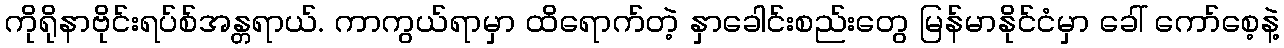
ကိုရိုနာဗိုင်းရပ်စ်အန္တရာယ်. ကာကွယ်ရာမှာ ထိရောက်တဲ့ နှာခေါင်းစည်းတွေ မြန်မာနိုင်ငံမှာ ခေါ် ကော်စေ့နဲ့